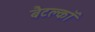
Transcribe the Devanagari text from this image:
बैटक्लॉ